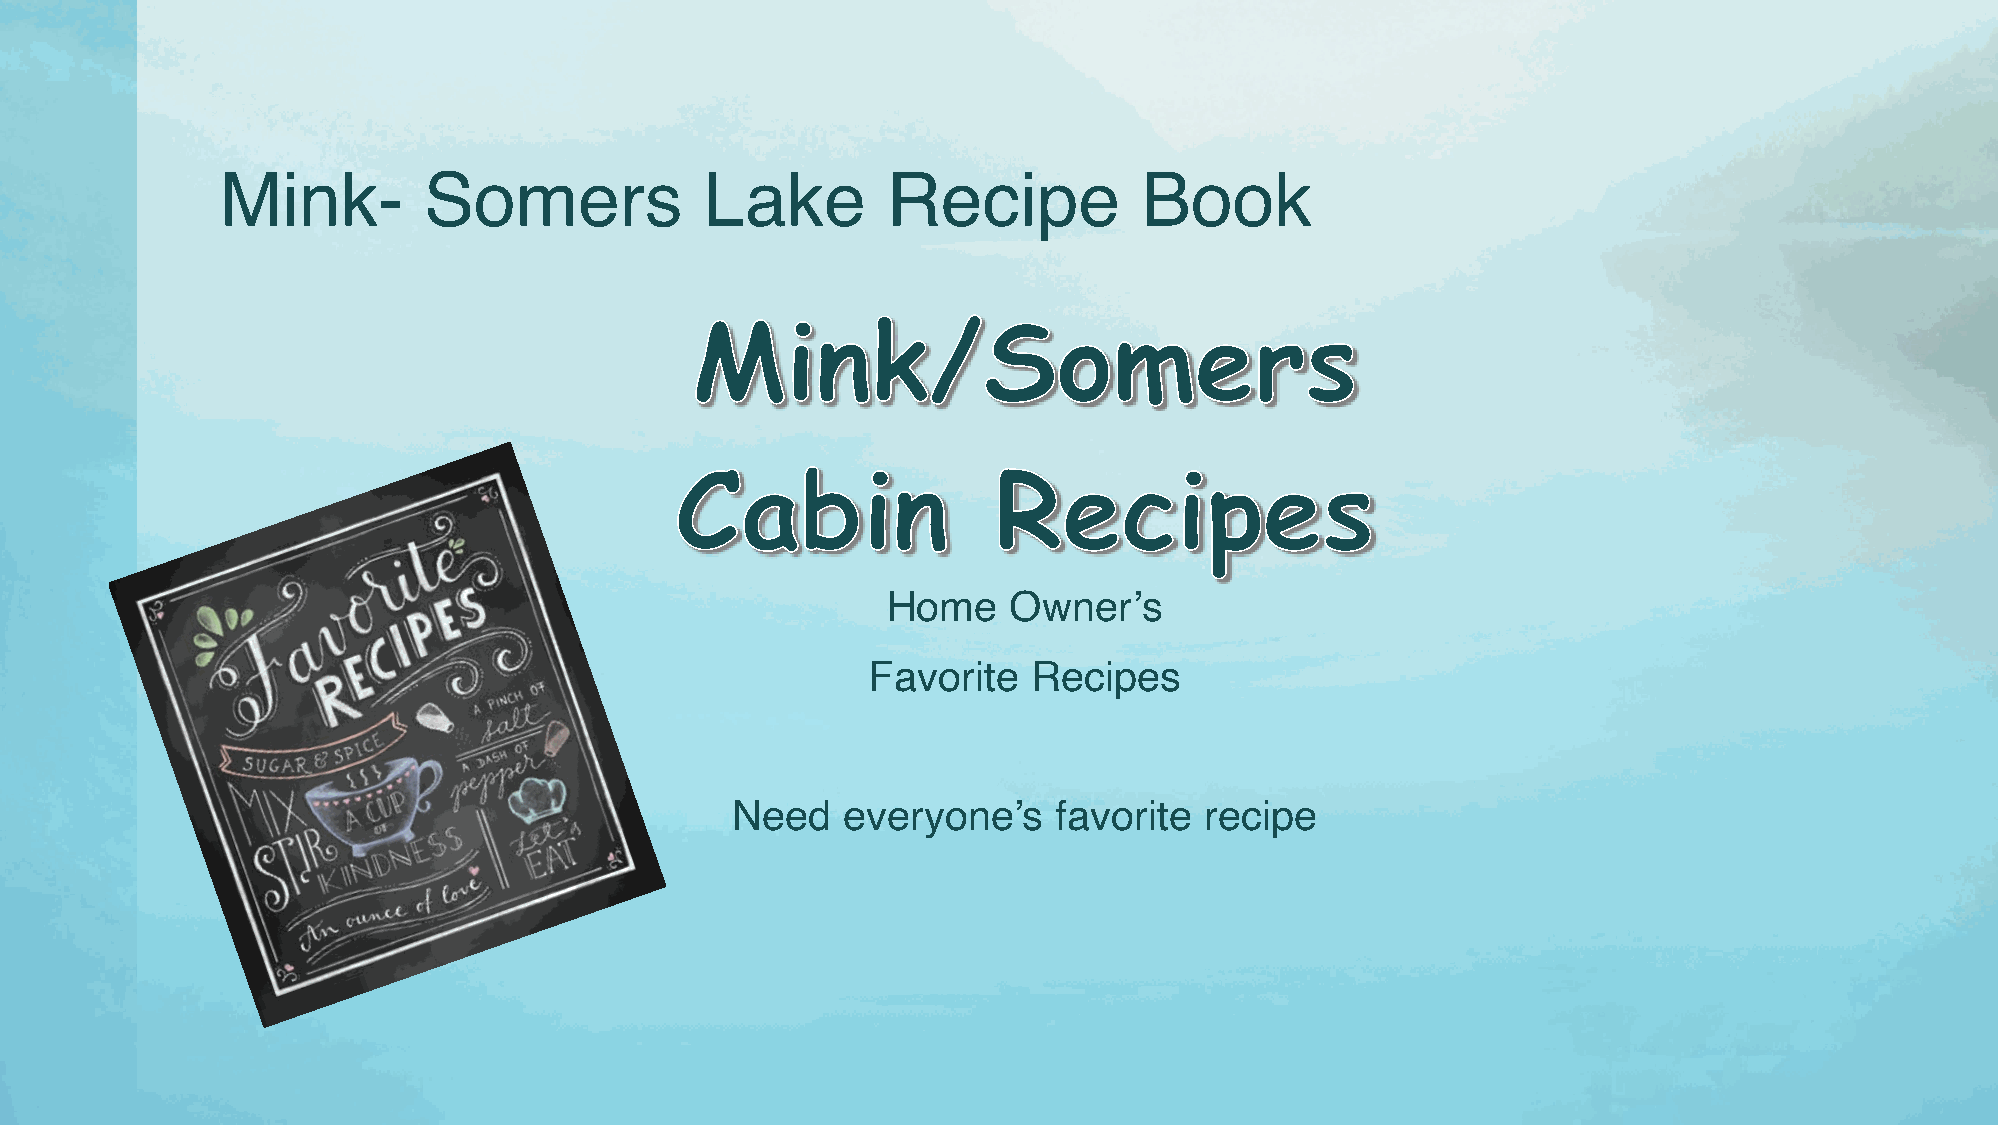
Mink-        Somers             Lake        Recipe           Book
 Mink/Somers
 Cabin                Recipes
 Home    Owner’s
 Favorite   Recipes
 Need    everyone’s    favorite  recipe